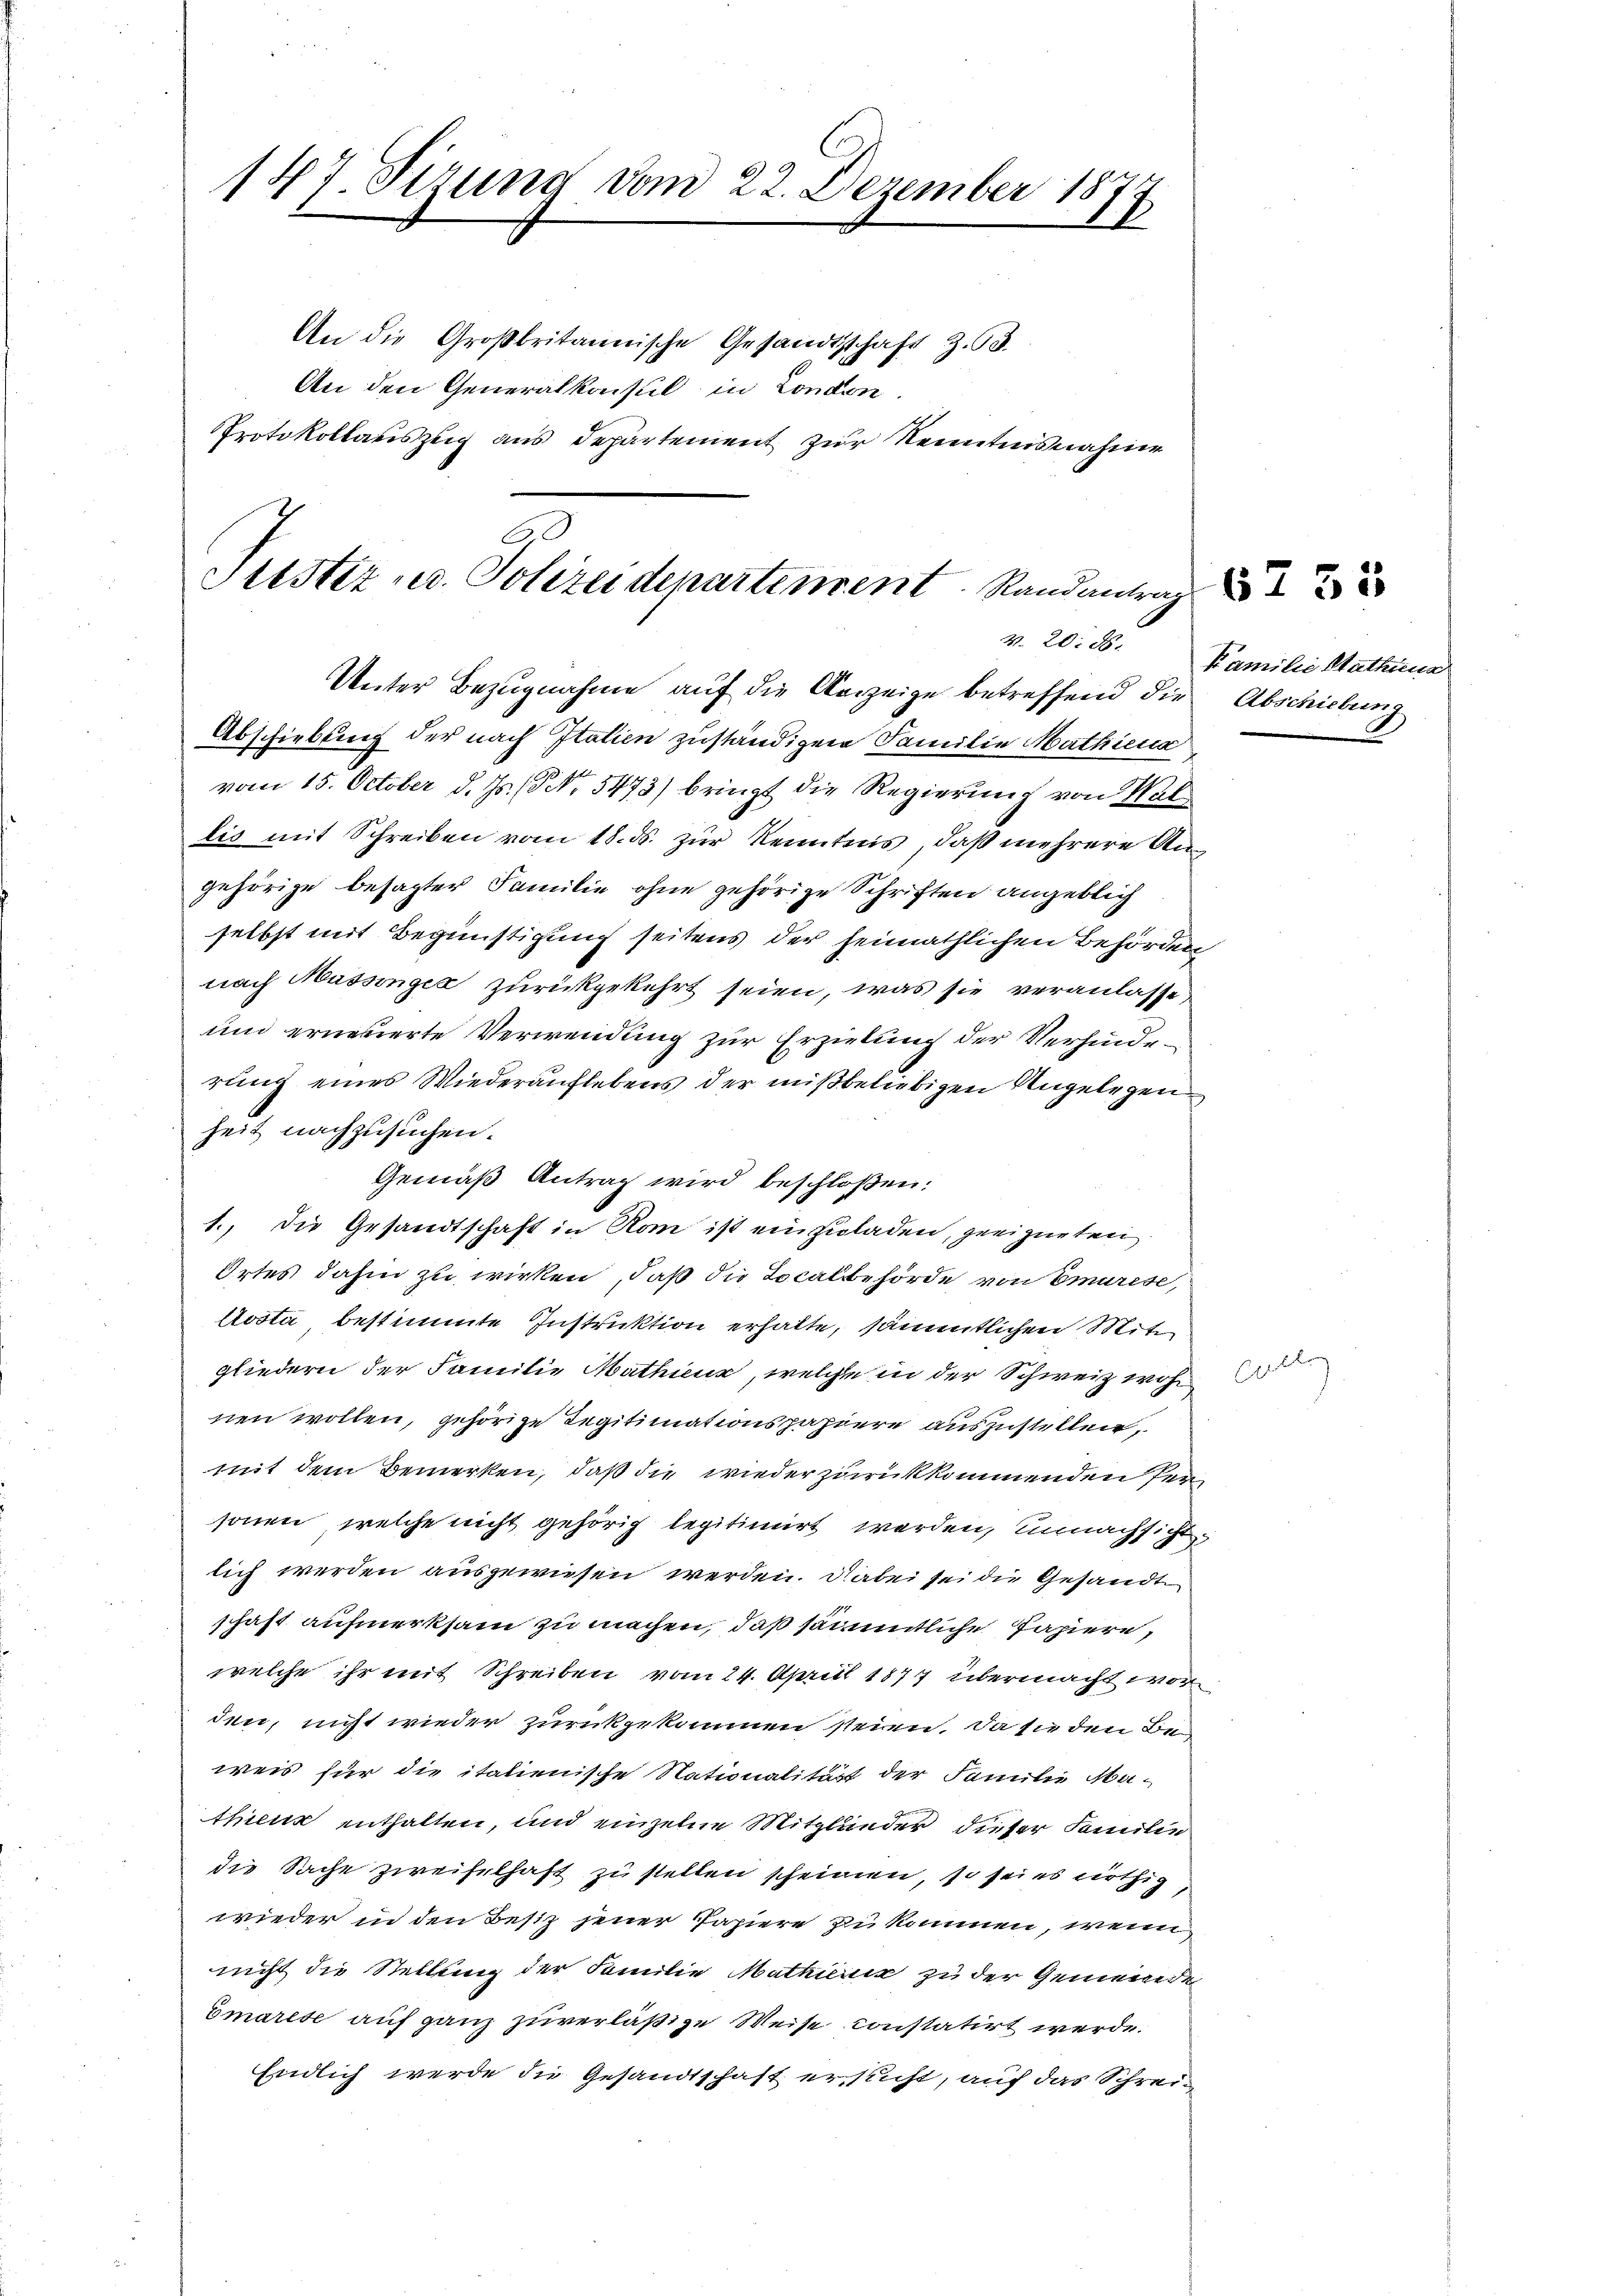
147. Sizung vom 22. Dezember 1877
An die Großbritannische Gesandtschaft Z. 53.
An den Generalkonsul in London
Protokollariszug aus Departement zur Kenntnisnahme

Justiz u. Polizeidepartement Randantrag
Unter Bezugnahme auf die Verzeige betreffend die Abschiebung
Abschiebung der nach Italien zuständigen Familie Mathiena

vom 15. October d. Js. No. 5473) bringt die Regierung von Wallis mit Schreiben vom 18. ds. zur Kenntnis, daß mehrere Angehörige besagter Familie ohne gehörige Schriften angeblich
selbst mit Begünstigung seitens der heimathlichen Behörden
nach Massonges zurückgekehrt seien, was sie veranlasse
und erneuerte Verwendung zur Erzielung der Verhinderung eines Wiederauflebens der mißbeliebigen Angelegen
heit nachzusuchen.
Gemäß Antrag wird beschloßen:
1., die Gesandtschaft in Rom ist einzuladen, geeigneten
Ortes dahin zu wirken, daß die Localbehörde von Emurese,
Costa bestimmte Instruktion erhalte, sämmtlichen Mit
gliedern der Familie Mathienz, welche in der Schweiz wohnen wollen, gehörige Regitimationspapiere auszustellen,
mit dem Bemerken, daß die wieder zurückkommenden Per
sonen, welche nicht gehörig legitimirt werden, unnachsichtlich werden ausgewiesen werden. Dabei sei die Gesandte
schaft aufmerksam zu machen, daß sämmtliche Papiere,
welche ihr mit Schreiben vom 24. April 1877 übermacht worden, nicht wieder zurückgekommen seien. Da sie den Beweis für die italienische Nationalität der Familie Mathienz enthalten, und einzelne Mitglieder dieser Familie
die Sache zweifelhaft zu stellen scheinen, so sei es nöthig
wieder in den Besiz jener Papiere zu kommen, wenn
nicht die Stellung der Familie Mathierig zu der Gemeinde
Emarise auf ganz zuverläßige Weise constatirt werde.
Endlich werde die Gesandtschaft ersucht, auf das Schrei¬

E

35

v. 20. ds. Kamilie Stathung